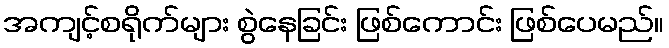
အကျင့်စရိုက်များ စွဲနေခြင်း ဖြစ်ကောင်း ဖြစ်ပေမည်။